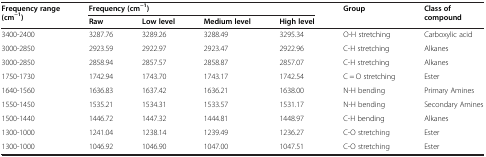
<table><thead><tr><td rowspan="2"><b>Frequency range (cm<sup>−1</sup>)</b></td><td colspan="4"><b>Frequency (cm<sup>−1</sup>)</b></td><td rowspan="2"><b>Group</b></td><td rowspan="2"><b>Class of compound</b></td></tr><tr><td><b>Raw</b></td><td><b>Low level</b></td><td><b>Medium level</b></td><td><b>High level</b></td></tr></thead><tbody><tr><td>3400-2400</td><td>3287.76</td><td>3289.26</td><td>3288.49</td><td>3295.34</td><td>O-H stretching</td><td>Carboxylic acid</td></tr><tr><td>3000-2850</td><td>2923.59</td><td>2922.97</td><td>2923.47</td><td>2922.96</td><td>C-H stretching</td><td>Alkanes</td></tr><tr><td>3000-2850</td><td>2858.94</td><td>2857.57</td><td>2858.87</td><td>2857.07</td><td>C-H stretching</td><td>Alkanes</td></tr><tr><td>1750-1730</td><td>1742.94</td><td>1743.70</td><td>1743.17</td><td>1742.54</td><td>C = O stretching</td><td>Ester</td></tr><tr><td>1640-1560</td><td>1636.83</td><td>1637.42</td><td>1636.21</td><td>1638.00</td><td>N-H bending</td><td>Primary Amines</td></tr><tr><td>1550-1450</td><td>1535.21</td><td>1534.31</td><td>1533.57</td><td>1531.17</td><td>N-H bending</td><td>Secondary Amines</td></tr><tr><td>1500-1440</td><td>1446.72</td><td>1447.32</td><td>1444.81</td><td>1448.97</td><td>C-H bending</td><td>Alkanes</td></tr><tr><td>1300-1000</td><td>1241.04</td><td>1238.14</td><td>1239.49</td><td>1236.27</td><td>C-O stretching</td><td>Ester</td></tr><tr><td>1300-1000</td><td>1046.92</td><td>1046.90</td><td>1047.00</td><td>1047.51</td><td>C-O stretching</td><td>Ester</td></tr></tbody></table>